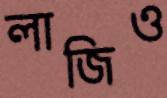
লাজিও